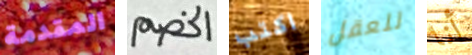
المقدمة الخصم اكتب للعقل أنا